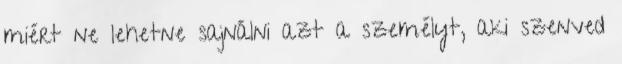
miért ne lehetne sajnálni azt a személyt, aki szenved